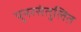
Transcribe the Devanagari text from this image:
पुनरसंतुलित